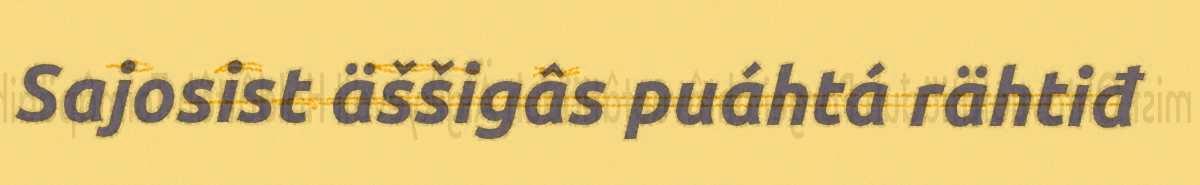
Sajosist äššigâs puáhtá rähtiđ